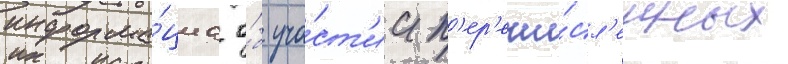
информа́циа о́б уча́ст'ии п'ер'ечи́сл'енных